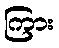
ကြား